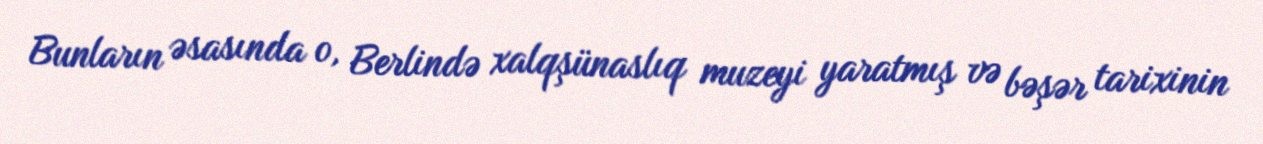
Bunların əsasında o, Berlində xalqşünaslıq muzeyi yaratmış və bəşər tarixinin